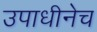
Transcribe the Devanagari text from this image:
उपाधीनेच